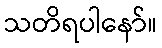
သတိရပါနော်။